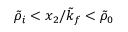
\tilde { \rho } _ { i } < x _ { 2 } / \tilde { k } _ { f } < \tilde { \rho } _ { 0 }